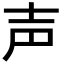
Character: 声